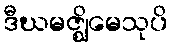
ဒီဃမဇ္ဈိမေသုပိ